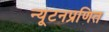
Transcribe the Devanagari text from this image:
न्यूटनप्रणित